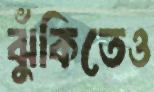
ঝুঁকিতেও